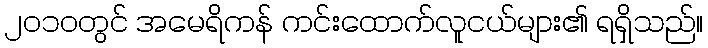
၂၀၁၀တွင် အမေရိကန် ကင်းထောက်လူငယ်များ၏ ရရှိသည်။